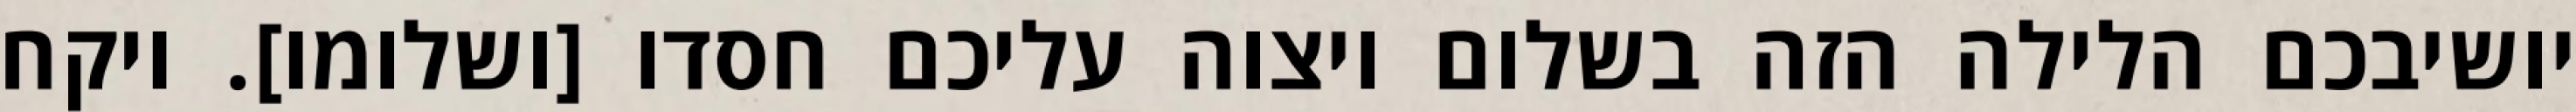
יושיבכם הלילה הזה בשלום ויצוה עליכם חסדו [ושלומו]. ויקח